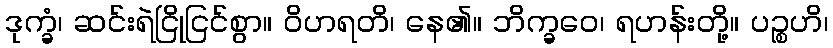
ဒုက္ခံ၊ ဆင်းရဲငြိုငြင်စွာ။ ဝိဟရတိ၊ နေ၏။ ဘိက္ခဝေ၊ ရဟန်းတို့။ ပဉ္စဟိ၊